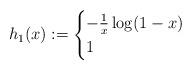
LaTeX: \begin{align*} h_1(x) := \begin{cases} - \frac{1}{x} \log(1 - x) & \\ 1 & \end{cases} \end{align*}